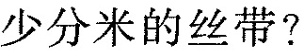
少分米的丝带?